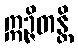
ဣဉ္ဇိတန္တိ